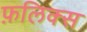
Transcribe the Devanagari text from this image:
फ़लिक्स